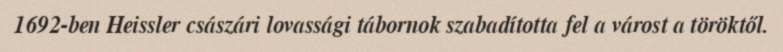
1692-ben Heissler császári lovassági tábornok szabadította fel a várost a töröktől.